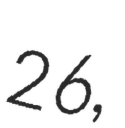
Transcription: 26,